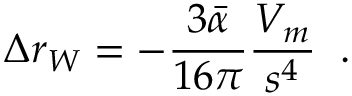
\Delta r _ { W } = - \frac { 3 \bar { \alpha } } { 1 6 \pi } \frac { V _ { m } } { s ^ { 4 } } \; \; .